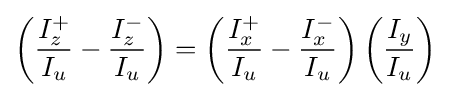
\,\!\left({\frac {I_{z}^{+}}{I_{u}}}-{\frac {I_{z}^{-}}{I_{u}}}\right)=\left({\frac {I_{x}^{+}}{I_{u}}}-{\frac {I_{x}^{-}}{I_{u}}}\right)\left({\frac {I_{y}}{I_{u}}}\right)